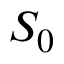
S _ { 0 }